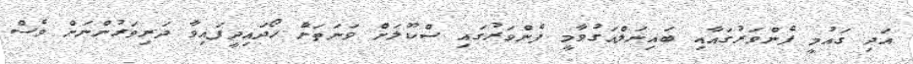
އަދި ގައުމީ ފެންވަރުގައާއި ބައިނަލްއަގުވާމީ ފެންވަރުގައި ސްކޫލަށް ވަނަތަށް ހޯދައިދީފައިވާ ދަރިވަރުންނަށް ވެސް